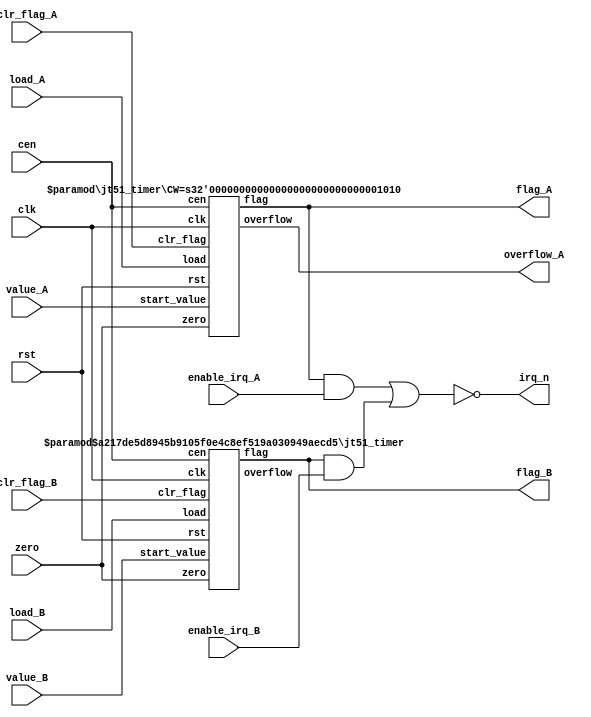
/*  This file is part of JT51.

    JT51 is free software: you can redistribute it and/or modify
    it under the terms of the GNU General Public License as published by
    the Free Software Foundation, either version 3 of the License, or
    (at your option) any later version.

    JT51 is distributed in the hope that it will be useful,
    but WITHOUT ANY WARRANTY; without even the implied warranty of
    MERCHANTABILITY or FITNESS FOR A PARTICULAR PURPOSE.  See the
    GNU General Public License for more details.

    You should have received a copy of the GNU General Public License
    along with JT51.  If not, see <http://www.gnu.org/licenses/>.

    Author: Jose Tejada Gomez. Twitter: @topapate
    Version: 1.0
    Date: 27-10-2016
    */

module jt51_timers(
    input         rst,
    input         clk,
    input         cen,
    input         zero,
    input [9:0]   value_A,
    input [7:0]   value_B,
    input         load_A,
    input         load_B,
    input         clr_flag_A,
    input         clr_flag_B,
    input         enable_irq_A,
    input         enable_irq_B,
    output        flag_A,
    output        flag_B,
    output        overflow_A,
    output        irq_n
);

assign irq_n = ~( (flag_A&enable_irq_A) | (flag_B&enable_irq_B) );

jt51_timer #(.CW(10)) timer_A(
    .rst        ( rst       ),
    .clk        ( clk       ),
    .cen        ( cen       ),
    .zero       ( zero      ),
    .start_value( value_A   ),
    .load       ( load_A    ),
    .clr_flag   ( clr_flag_A),
    .flag       ( flag_A    ),
    .overflow   ( overflow_A)
);

jt51_timer #(.CW(8),.FREE_EN(1)) timer_B(
    .rst        ( rst           ),
    .clk        ( clk           ),
    .cen        ( cen           ),
    .zero       ( zero          ),
    .start_value( value_B       ),
    .load       ( load_B        ),
    .clr_flag   ( clr_flag_B    ),
    .flag       ( flag_B        ),
    .overflow   (               )
);

endmodule

module jt51_timer #(parameter
    CW      = 8, // counter bit width. This is the counter that can be loaded
    FREE_EN = 0  // enables a 4-bit free enable count
) (
    input   rst,
    input   clk,
    input   cen,
    input   zero,
    input   [CW-1:0] start_value,
    input   load,
    input   clr_flag,
    output reg flag,
    output reg overflow
);

reg          last_load;
reg [CW-1:0] cnt, next;
reg [   3:0] free_cnt, free_next;
reg          free_ov;

always@(posedge clk, posedge rst)
    if( rst )
        flag <= 1'b0;
    else /*if(cen)*/ begin
        if( clr_flag )
            flag <= 1'b0;
        else if(overflow) flag<=1'b1;
    end

always @(*) begin
    {free_ov, free_next} = { 1'b0, free_cnt} + 1'b1;
    /* verilator lint_off WIDTH */
    {overflow, next }    = { 1'b0, cnt }     + (FREE_EN ? free_ov : 1'b1);
    /* verilator lint_on WIDTH */
end

always @(posedge clk) if(cen && zero) begin : counter
    last_load <= load;
    if( (load && !last_load) || overflow ) begin
      cnt  <= start_value;
    end
    else if( last_load ) cnt <= next;
end

// Free running counter
always @(posedge clk) begin
    if( rst ) begin
        free_cnt <= 4'd0;
    end else if( cen&&zero ) begin
        free_cnt <= free_cnt+4'd1;
    end
end

endmodule